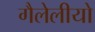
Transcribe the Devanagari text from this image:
गैलेलीयो